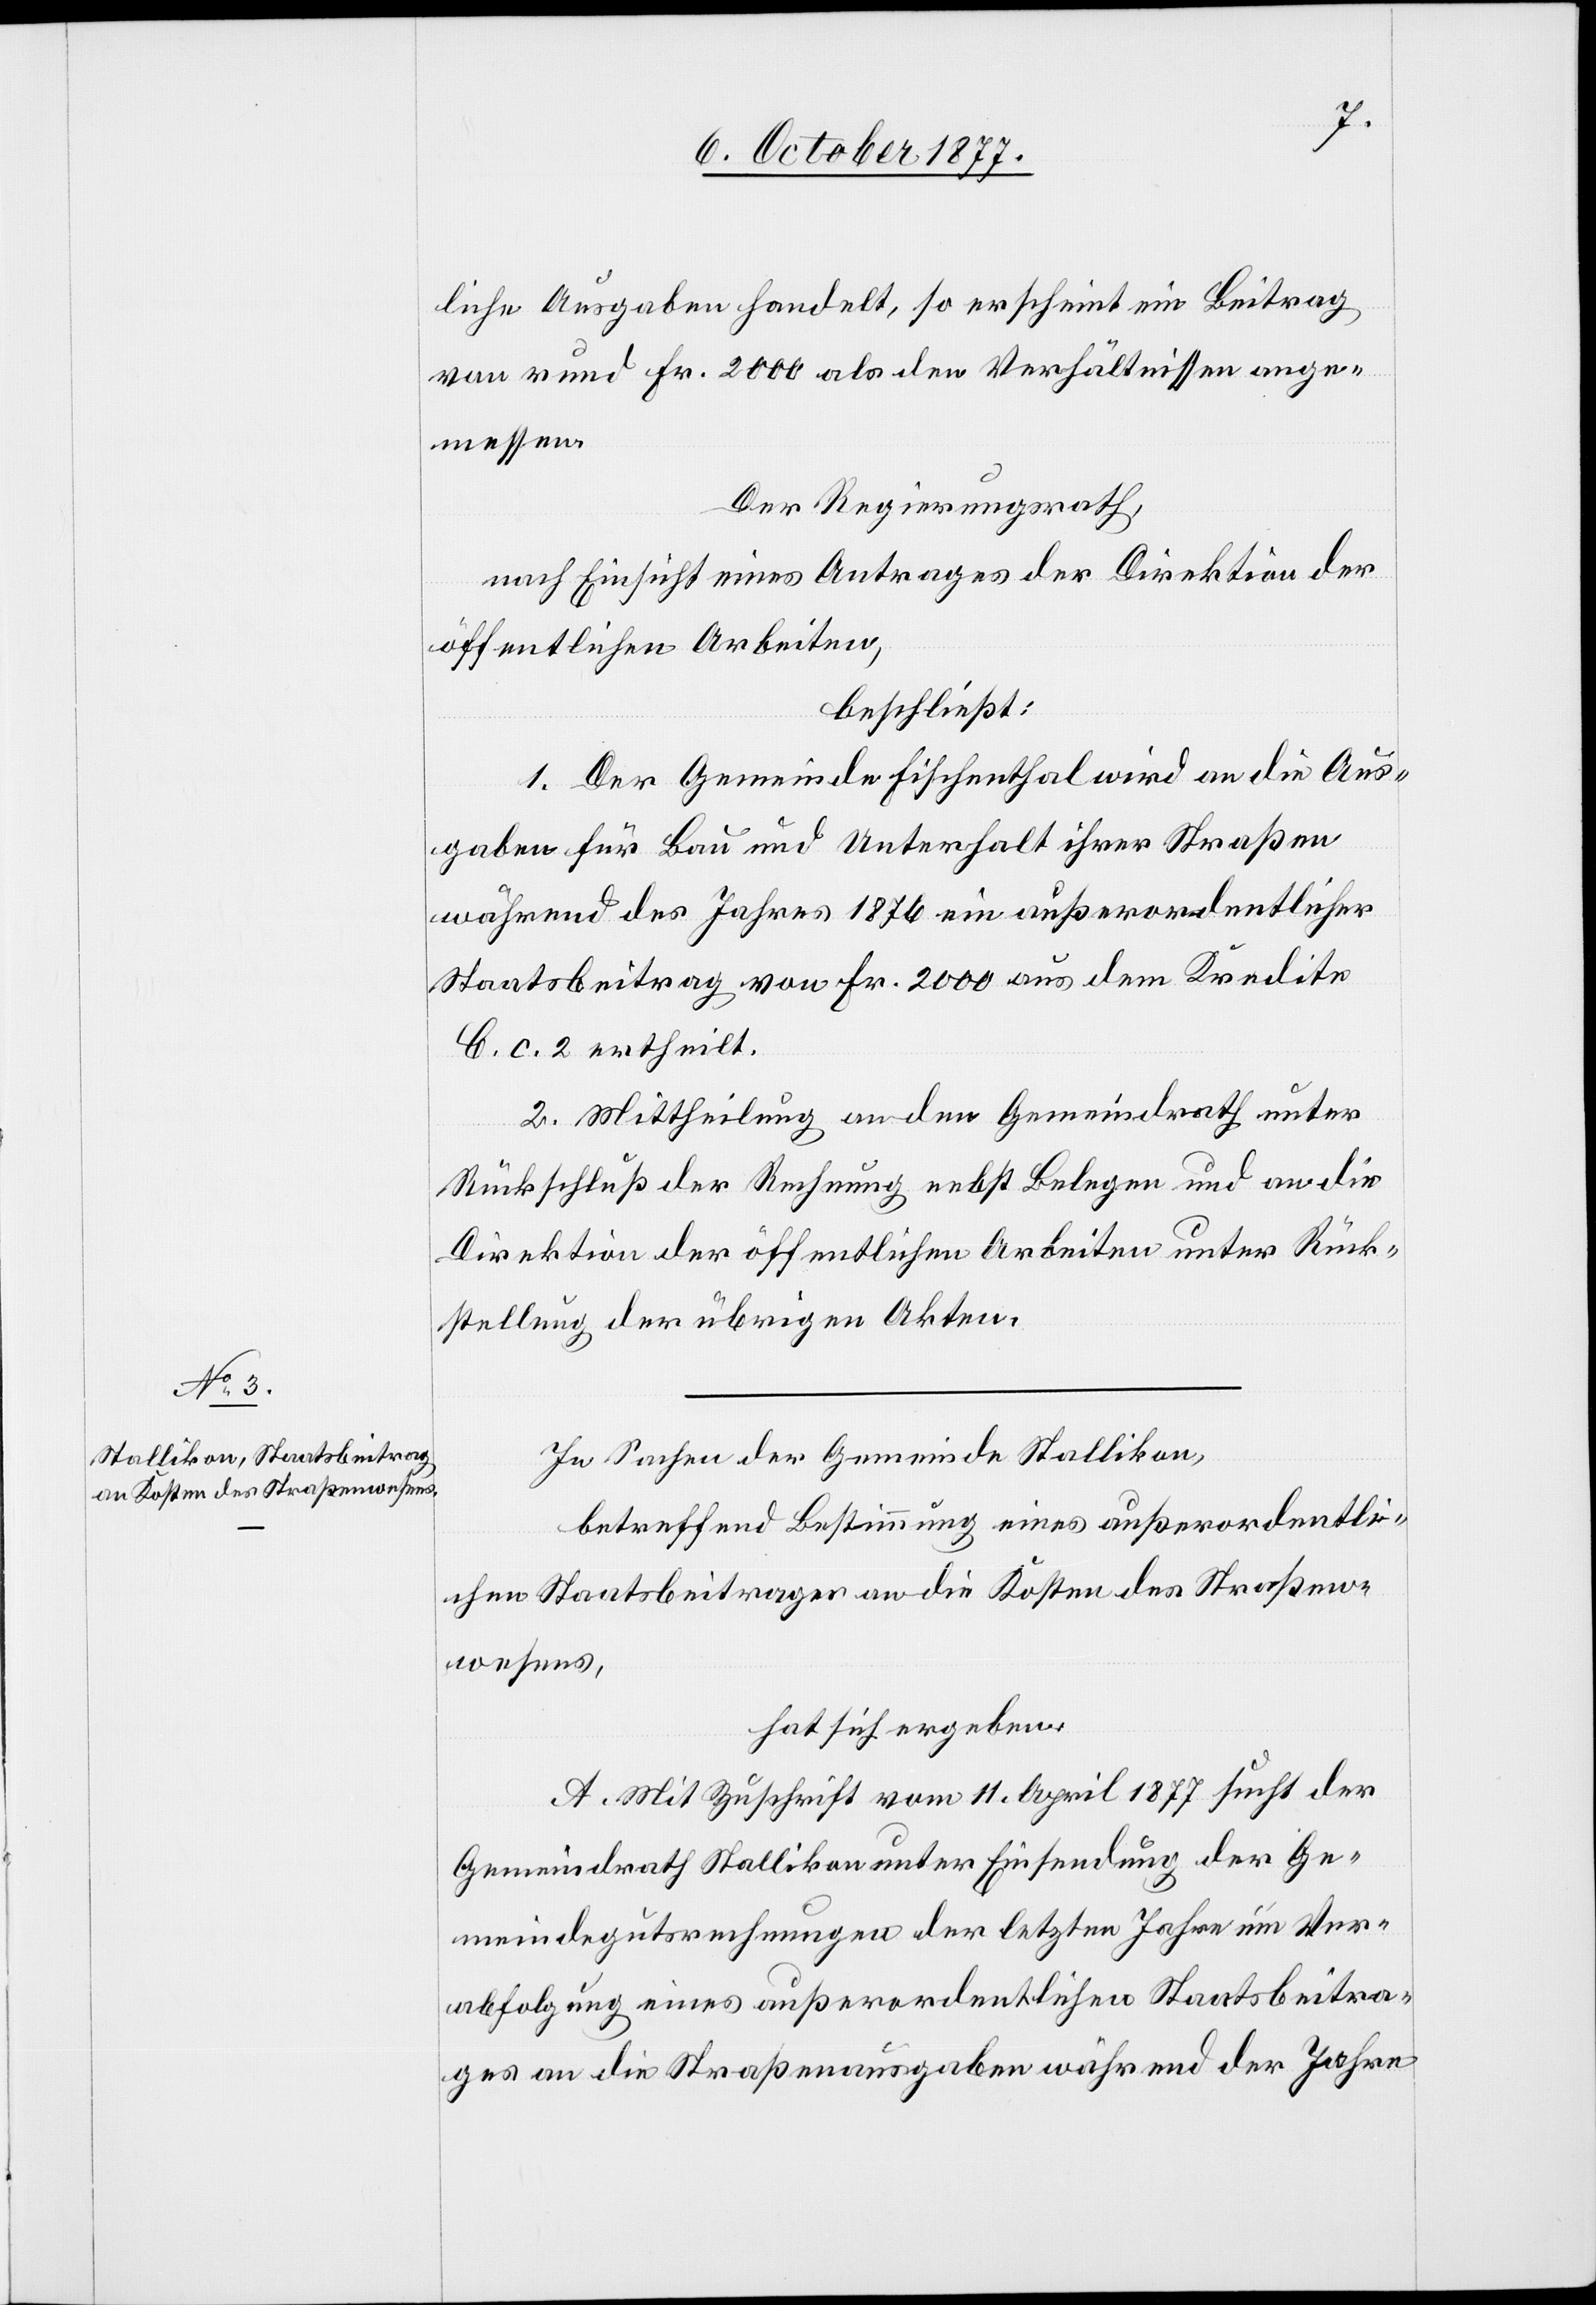
liche Ausgaben handelt, so erscheint ein Beitrag
von rund Fr. 2000 als den Verhältnissen ange¬
messen.
Der Regierungsrath,
nach Einsicht eines Antrages der Direktion der
öffentlichen Arbeiten,
beschließt:
1. Der Gemeinde Fischenthal wird an die Aus¬
gaben für Bau und Unterhalt ihrer Straßen
während des Jahres 1876 ein außerordentlicher
Staatsbeitrag von Fr. 2000 aus dem Kredite
C. c. 2 ertheilt.
2. Mittheilung an den Gemeindrath unter
Rückschluß der Rechnung nebst Belegen und an die
Direktion der öffentlichen Arbeiten unter Rück¬
stellung der übrigen Akten.
In Sachen der Gemeinde Stallikon,
betreffend Bestimmung eines außerordentli¬
chen Staatsbeitrages an die Kosten des Straßen¬
wesens,
hat sich ergeben:
A. Mit Zuschrift vom 11. April 1877 sucht der
Gemeindrath Stallikon unter Einsendung der Ge¬
meindegutsrechnungen der letzten Jahre um Ver¬
abfolgung eines außerordentlichen Staatsbeitra¬
ges an die Straßenausgaben während der Jahre